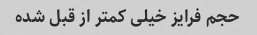
حجم فرایز خیلی کمتر از قبل شده